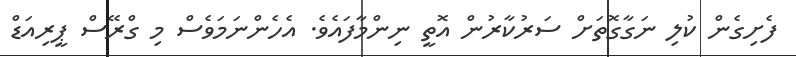
ފެށިގެން ކުލި ނަގާގޮތަށް ސަރުކާރުން އޮތީ ނިންމާފައެވެ. އެހެންނަމަވެސް މި ގްރޭސް ޕީރިއަޑް